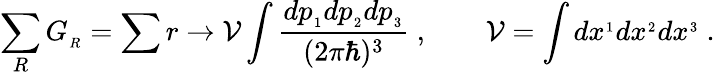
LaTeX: \sum_{R}G_{_R}=\sum r\rightarrow{\cal V}\int{\frac{dp_{_1}dp_{_2}dp_{_3}}{(2\pi\hbar)^{3}}}\ ,\qquad{\cal V}=\int dx^{_1}dx^{_2}dx^{_3}\ .